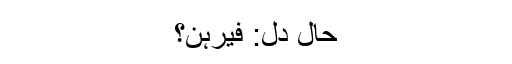
حالِ دل: فیرہُن؟